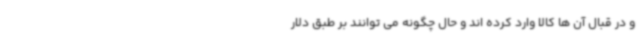
و در قبال آن ها کالا وارد کرده اند و حال چگونه می توانند بر طبق دلار